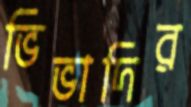
ভিভাদির